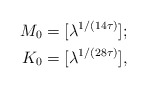
\begin{align*}M_0 &= [\lambda^{1/(14\tau)}]; \\K_0 &= [\lambda^{1/(28\tau)}],\end{align*}